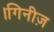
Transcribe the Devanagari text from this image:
।गिनीज़